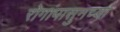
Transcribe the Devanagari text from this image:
रोगांपासुनच्या